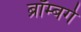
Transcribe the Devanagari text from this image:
ब्रॉम्बर्ग